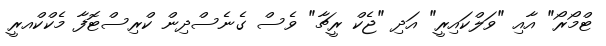
ޓްމޯރޯ" އާއި "ވަލްކައިރީ" އަދި "ޖެކް ރީޗާ" ވެސް ގެނެސްދިން ކްރިސްޓޮފާ މެކްކްއރީ